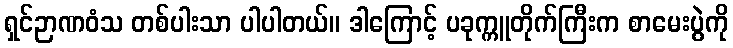
ရှင်ဉာဏဝံသ တစ်ပါးသာ ပါပါတယ်။ ဒါကြောင့် ပခုက္ကူတိုက်ကြီးက စာမေးပွဲကို